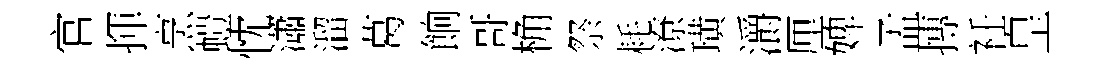
官揮烹螘忱瀟溜葛餉哥桷祭耗潦璜灂厘婢孟摶衽皇